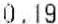
0.19